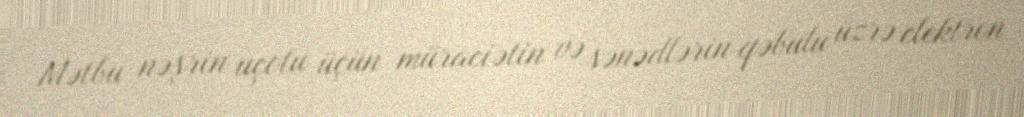
Mətbu nəşrin uçotu üçün müraciətin və sənədlərin qəbulu üzrə elektron